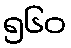
၅၆၀